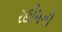
રહીમનો